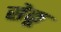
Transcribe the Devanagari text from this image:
सेकू